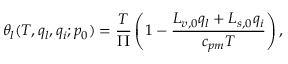
\theta _ { l } ( T , q _ { l } , q _ { i } ; p _ { 0 } ) = \frac { T } { \Pi } \left( 1 - \frac { L _ { v , 0 } q _ { l } + L _ { s , 0 } q _ { i } } { c _ { p m } T } \right) ,